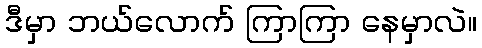
ဒီမှာ ဘယ်လောက် ကြာကြာ နေမှာလဲ။